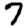
Digit: 7